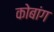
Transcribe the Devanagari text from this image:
कोबांग